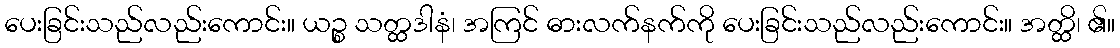
ပေးခြင်းသည်လည်းကောင်း။ ယဉ္စ သတ္ထဒါနံ၊ အကြင် ဓားလက်နက်ကို ပေးခြင်းသည်လည်းကောင်း။ အတ္ထိ၊ ၏။